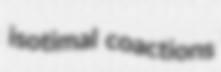
isotimal coactions